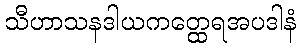
သီဟာသနဒါယကတ္ထေရအပဒါနံ